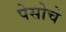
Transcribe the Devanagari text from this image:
पेसोचे